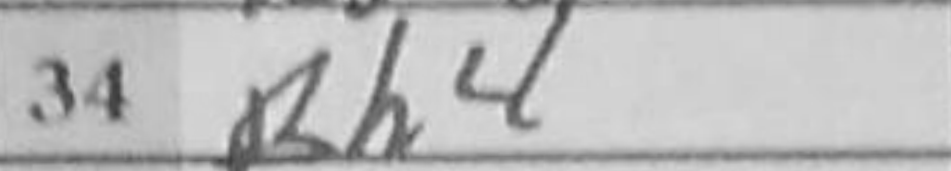
Transcription: Rh4